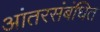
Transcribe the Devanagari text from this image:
आंतरसंबंधित